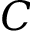
C